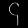
Digit: ၄